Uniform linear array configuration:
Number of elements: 12
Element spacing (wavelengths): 0.5
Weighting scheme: binomial
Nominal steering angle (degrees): -45
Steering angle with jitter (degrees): -46.31
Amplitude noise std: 0.05
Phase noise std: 0.05

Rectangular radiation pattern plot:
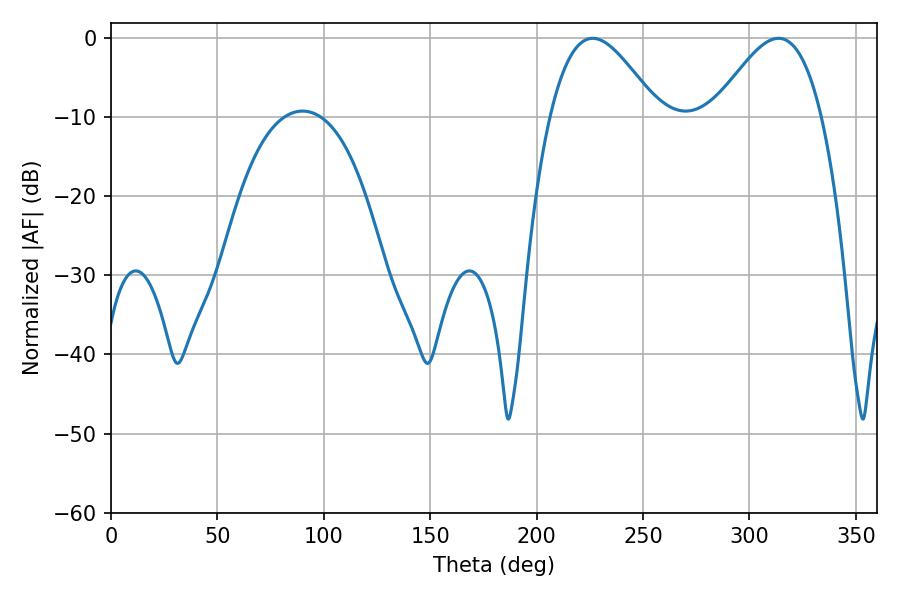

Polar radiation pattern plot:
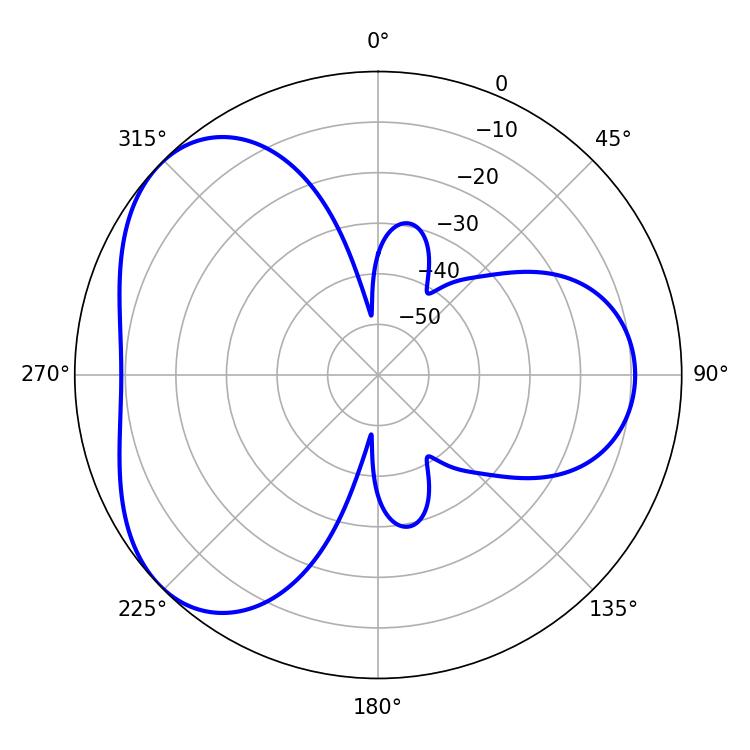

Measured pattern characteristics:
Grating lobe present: FALSE
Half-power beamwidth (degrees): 27.18
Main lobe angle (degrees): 226.26